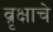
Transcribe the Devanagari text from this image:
व्रृक्षाचे